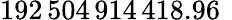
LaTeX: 192\, 504\, 914\, 418.96\, \